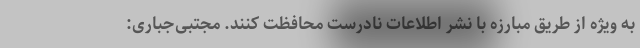
به ویژه از طریق مبارزه با نشر اطلاعات نادرست محافظت کنند. مجتبی‌جباری: